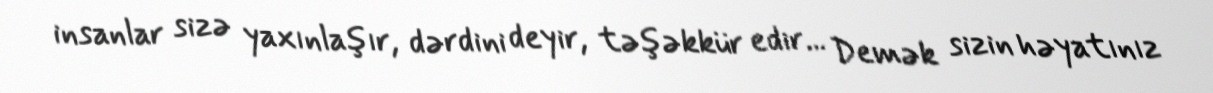
insanlar sizə yaxınlaşır, dərdini deyir, təşəkkür edir... Demək sizin həyatınız